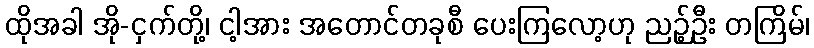
ထိုအခါ အို-ငှက်တို့၊ ငါ့အား အတောင်တခုစီ ပေးကြလော့ဟု ညဉ့်ဦး တကြိမ်၊